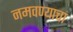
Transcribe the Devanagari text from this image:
नमवण्याचा